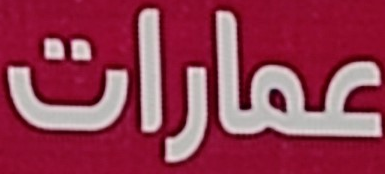
عمارات